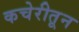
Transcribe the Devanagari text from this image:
कचेरीतून